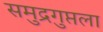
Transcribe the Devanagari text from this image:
समुद्रगुप्तला